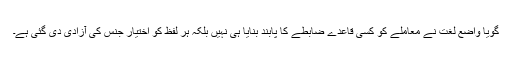
گویا واضعِ لغت نے معاملے کو کسی قاعدے ضابطے کا پابند بنایا ہی نہیں بلکہ ہر لفظ کو اختیارِ جنس کی آزادی دی گئی ہے۔